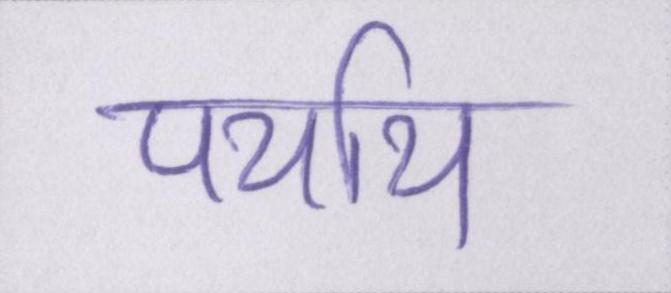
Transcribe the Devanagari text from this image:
पर्याय